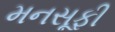
મનસૂફી